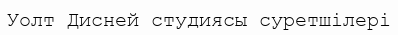
Уолт Дисней студиясы суретшілері